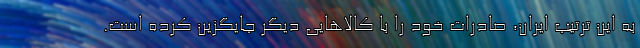
به این ترتیب ایران، صادرات خود را با کالاهایی دیگر جایگزین کرده است.